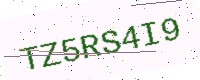
Text: TZ5RS4I9